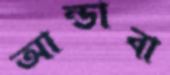
আন্ডাবা